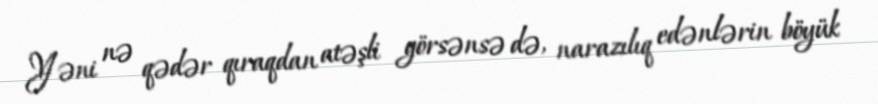
Yəni nə qədər qıraqdan atəşli görsənsə də, narazılıq edənlərin böyük